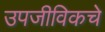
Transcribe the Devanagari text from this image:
उपजीविकचे